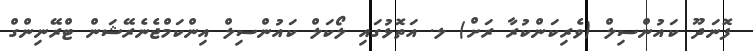
ފޮނަދޫ ކައުންސިލް (ވެރިކަންކުރާ ރަށް) ލ. އަތޮޅުގައި ލޯކަލް ކައުންސިލް އިންކަމްޖެނެރޭޝަން ޓްރޭނިންގް